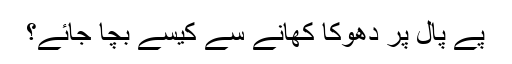
پے پال پر دھوکا کھانے سے کیسے بچا جائے؟